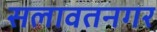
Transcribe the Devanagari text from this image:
सलावतनगर